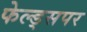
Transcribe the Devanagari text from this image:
फेल्ड्सपर